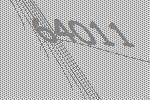
64011